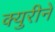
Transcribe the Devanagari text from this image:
क्युरीने